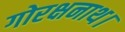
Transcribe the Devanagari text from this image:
गोरक्षनाथ।